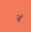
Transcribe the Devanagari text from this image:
ढं